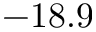
- 1 8 . 9